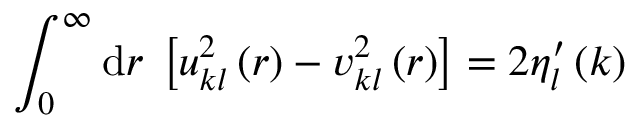
\int _ { 0 } ^ { \infty } \mathrm { d } r \; \left[ u _ { k l } ^ { 2 } \left( r \right) - v _ { k l } ^ { 2 } \left( r \right) \right] = 2 \eta _ { l } ^ { \prime } \left( k \right)